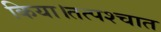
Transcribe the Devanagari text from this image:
किया।तत्पश्चात